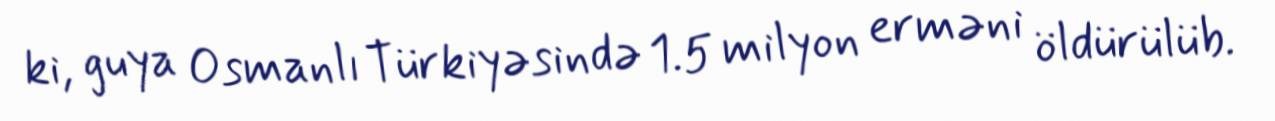
ki, guya Osmanlı Türkiyəsində 1.5 milyon erməni öldürülüb.